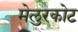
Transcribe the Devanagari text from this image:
मेलुरकोट